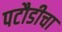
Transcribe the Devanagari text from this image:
पटौडीचा